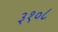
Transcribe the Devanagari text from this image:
३१०८